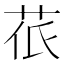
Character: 𮎱